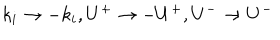
k _ { i } \to - k _ { i } , U ^ { + } \to - U ^ { + } , U ^ { - } \to U ^ { - }